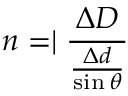
n = \mid \frac { \Delta D } { \frac { \Delta d } { \sin \theta } }